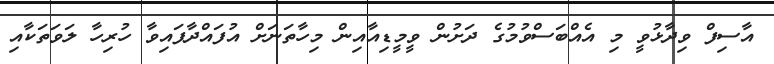
އާސިފް ވިދާޅުވީ މި އެއްބަސްވުމުގެ ދަށުން ވީމީޑިއާއިން މިހާތަނަށް އުފައްދާފައިވާ ހުރިހާ ލަވަތަކާއި